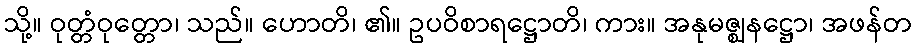
သို့။ ဝုတ္တံဝုတ္တော၊ သည်။ ဟောတိ၊ ၏။ ဥပဝိစာရဋ္ဌောတိ၊ ကား။ အနုမဇ္ဈနဋ္ဌော၊ အဖန်တ